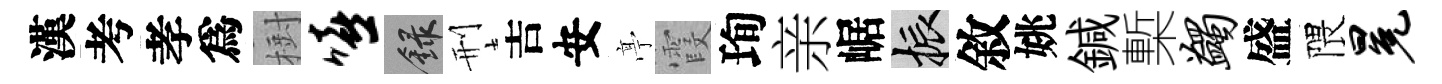
漢考孝爲𣗳嘻録刑吉安𠅘霞珣亲崌振敘姚鍼槧蠲盛隈冕